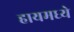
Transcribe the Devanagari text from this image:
हायमध्ये